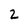
Character: 2